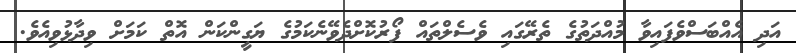
އަދި އެއްބަސްވެފައިވާ މުއްދަތުގެ ތެރޭގައި ވެސެލްތައް ފޯރުކޮށްދެވޭނެކަމުގެ ޔަގީންކަން އޮތް ކަމަށް ވިދާޅުވިއެވެ.